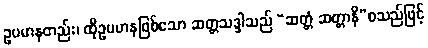
ဥပမာနတည်း၊ ထိုဥပမာနဖြစ်သော ဆတ္တသဒ္ဒါသည် “ဆတ္တံ ဆတ္တာနိ”စသည်ဖြင့်